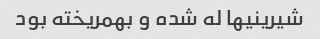
شیرینیها له شده و بهمریخته بود